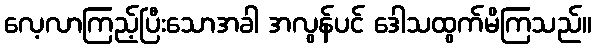
လေ့လာကြည့်ပြီးသောအခါ အလွန်ပင် ဒေါသထွက်မိကြသည်။